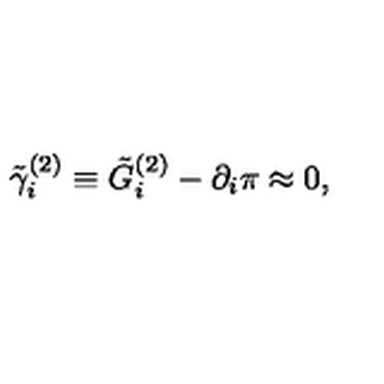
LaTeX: \tilde { \gamma } _ { i } ^ { ( 2 ) } \equiv \tilde { G } _ { i } ^ { ( 2 ) } - \partial _ { i } \pi \approx 0 ,